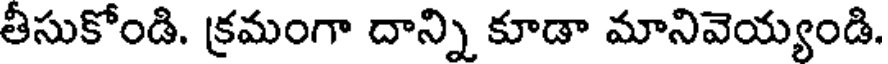
తీసుకోండి. క్రమంగా దాన్ని కూడా మానివెయ్యండి.